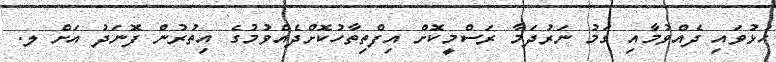
ހުޅުވައި ދެއްވުމާއި ގަމު ނަރުދަމާ ރަސްމީކޮށް އިފްތިތާހުކޮށްދެއްވުމުގެ އިތުރުން ފޮނަދު އަށް ލ.